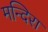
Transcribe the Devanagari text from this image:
मन्दिरा